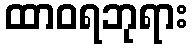
ထာဝရဘုရား